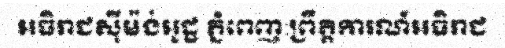
អធិរាជស៊ីម៉ង់អូដ្ឋ ភ្នំពេញ:ព្រឹត្តិការណ៍អធិរាជ